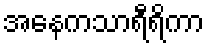
အနေကသာရီရိကာ